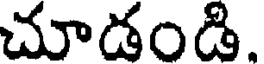
చూడండి.